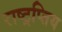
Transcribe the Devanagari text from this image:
राष्ट्रप्तिय